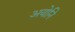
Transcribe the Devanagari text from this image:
अयोनि